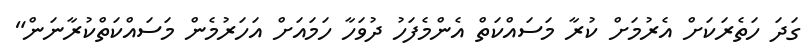
ގަދަ ހަތެރަކަށް އެރުމަށް ކުރާ މަސައްކަތް އެންމެފަހު ދުވަހާ ހަމައަށް އަހަރުމެން މަސައްކަތްކުރާނަން"